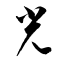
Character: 光